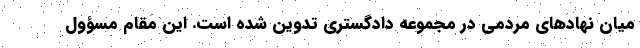
میان نهادهای مردمی در مجموعه دادگستری تدوین شده است. این مقام مسؤول